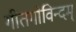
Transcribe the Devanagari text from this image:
गीतगोविन्दम्